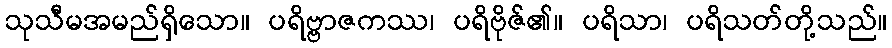
သုသီမအမည်ရှိသော။ ပရိဗ္ဗာဇကဿ၊ ပရိဗိုဇ်၏။ ပရိသာ၊ ပရိသတ်တို့သည်။